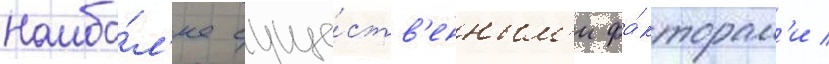
Наибо́л'ее суще́ств'енным'и фа́кторам'и /